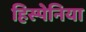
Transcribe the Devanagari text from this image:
हिस्पेनिया